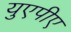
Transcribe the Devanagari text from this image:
युएपीए